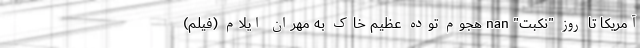
آمریکا تا روز "نکبت" nan هجوم توده عظیم خاک به مهران ایلام (فیلم)